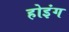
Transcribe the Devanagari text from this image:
होइंग